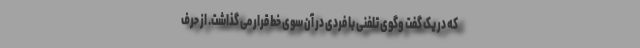
که در یک گفت وگوی تلفنی با فردی در آن سوی خط قرار می گذاشت. از حرف